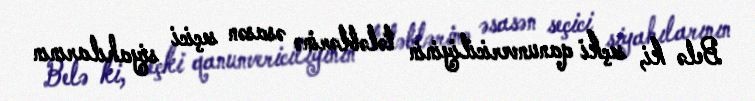
Belə ki, seçki qanunvericiliyinin tələblərinə əsasən seçici siyahılarının